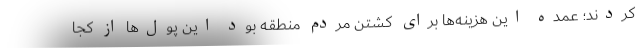
کردند؛ عمده این هزینه‌ها برای کشتن مردم منطقه بود این پول‌ها از کجا